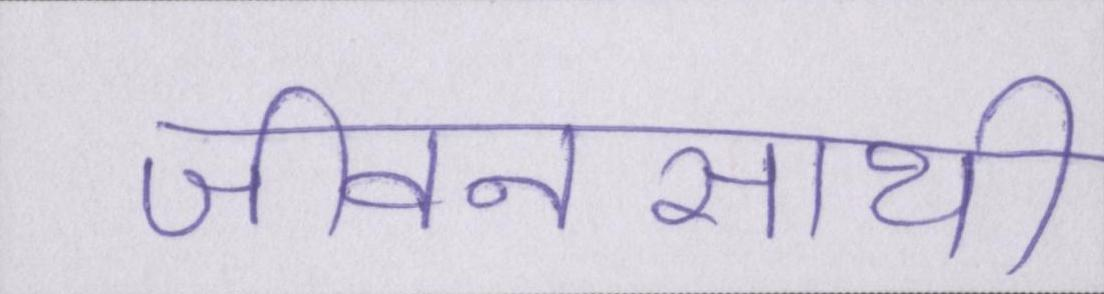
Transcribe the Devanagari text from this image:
जीवनसाथी